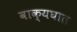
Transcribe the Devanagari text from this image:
वाक्यघात